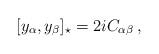
LaTeX: \begin{align*}[y_\alpha ,y_\beta ]_\star =2iC_{\alpha \beta}\,,\end{align*}